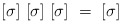
\begin{align*}[\sigma]~[\sigma]~[\sigma]~=~[\sigma]\end{align*}